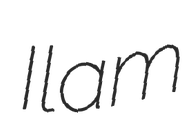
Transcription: Ilam